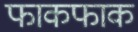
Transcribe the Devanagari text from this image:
फाकफाक